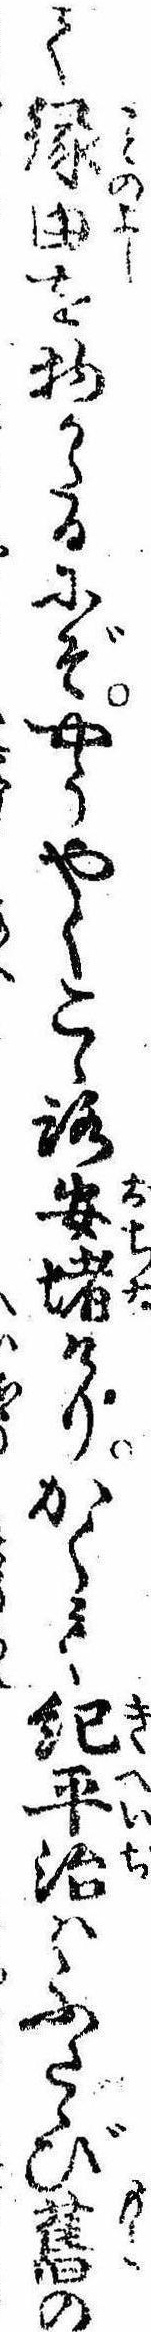
て縁由を物かたるにぞやうやくこゝろ安堵けりかくて紀平治はふたゝび旧の